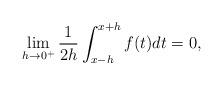
LaTeX: \begin{align*}\lim_{h\rightarrow 0^+}\frac{1}{2h}\int_{x-h}^{x+h}f(t)dt=0,\end{align*}